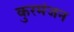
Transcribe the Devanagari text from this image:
कुरमंजन